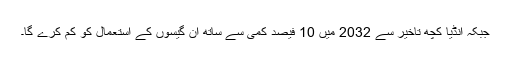
جبکہ انڈیا کچھ تاخیر سے 2032 میں 10 فیصد کمی سے ساتھ ان گیسوں کے استعمال کو کم کرے گا۔